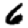
Digit: 6